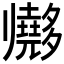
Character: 𱘫